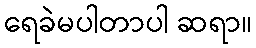
ရေခဲမပါတာပါ ဆရာ။